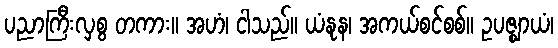
ပညာကြီးလှစွ တကား။ အဟံ၊ ငါသည်။ ယံနုန၊ အကယ်စင်စစ်။ ဥပဇ္ဈာယံ၊